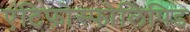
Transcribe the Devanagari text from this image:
एंटिफोस्फोलिपिड